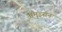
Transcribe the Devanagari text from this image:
अॅमुडसन